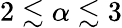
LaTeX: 2\lesssim\alpha\lesssim 3